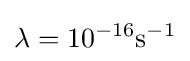
\lambda =10^{-16}\mathrm {s} ^{-1}